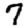
Digit: 7